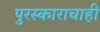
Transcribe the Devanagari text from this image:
पुरस्काराचाही